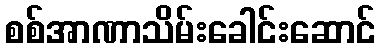
စစ်အာဏာသိမ်းခေါင်းဆောင်